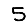
Digit: 5